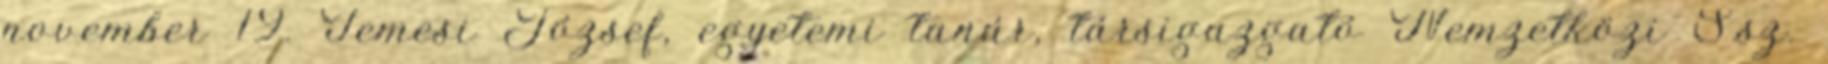
november 19. Temesi József, egyetemi tanár, társigazgató Nemzetközi S.sz.